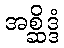
အစ္ဆိဒ္ဒံ